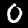
Digit: 0